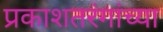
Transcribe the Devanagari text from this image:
प्रकाशतरंगांच्या